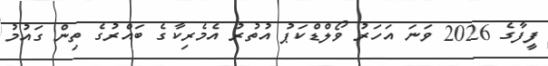
ފީފާގެ 2026 ވަނަ އަހަރު ވޯލްޑްކަޕު އުތުރު އެމެރިކާގެ ބައްރުގެ ތިން ގައުމު